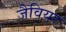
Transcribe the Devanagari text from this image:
जैवियर